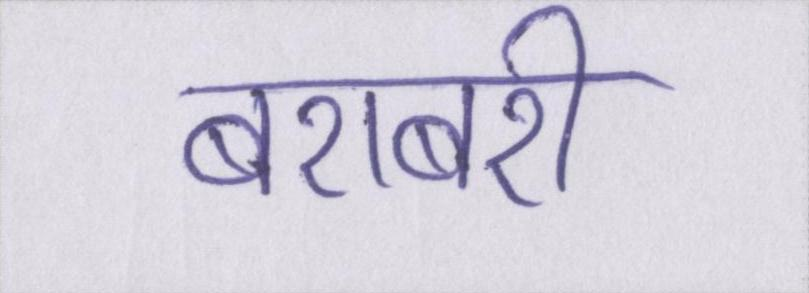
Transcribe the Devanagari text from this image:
बराबरी